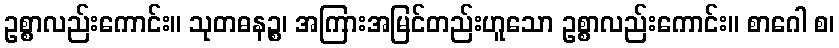
ဥစ္စာလည်းကောင်း။ သုတဓနဉ္စ၊ အကြားအမြင်တည်းဟူသော ဥစ္စာလည်းကောင်း။ စာဂေါ စ၊